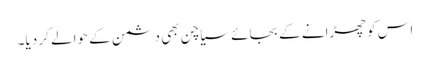
اس کو چھڑانے کے بجائے سیاچن بھی دشمن کے حوالے کر دیا۔